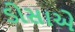
ડોસાએ